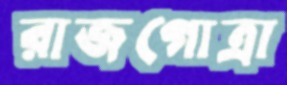
রাজগোত্রা